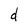
Character: d